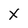
Character: x